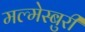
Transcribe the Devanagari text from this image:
मल्मेस्बुरी